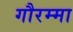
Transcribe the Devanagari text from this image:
गौरम्मा